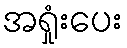
အရှုံးပေး